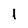
Character: l